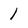
Character: 1